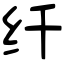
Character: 纤